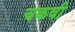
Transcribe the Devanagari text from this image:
चकवी